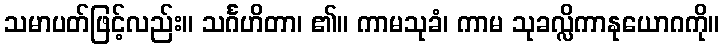
သမာပတ်ဖြင့်လည်း။ သင်္ဂဟိတာ၊ ၏။ ကာမသုခံ၊ ကာမ သုခလ္လိကာနုယောဂကို။